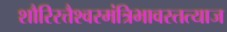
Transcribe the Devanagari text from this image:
शौरिरत्तैश्वरमंत्रिभावस्तत्याज